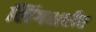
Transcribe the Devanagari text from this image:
लिंगशरीर